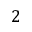
2